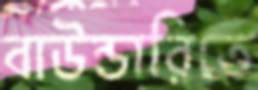
বাউন্ডারিতে